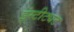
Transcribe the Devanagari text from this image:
इंस्टीट्यट